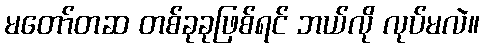
မတော်တဆ တစ်ခုခုဖြစ်ရင် ဘယ်လို လုပ်မလဲ။